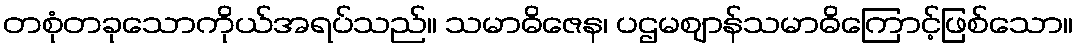
တစုံတခုသောကိုယ်အရပ်သည်။ သမာဓိဇေန၊ ပဌမဈာန်သမာဓိကြောင့်ဖြစ်သော။